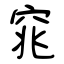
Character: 窕